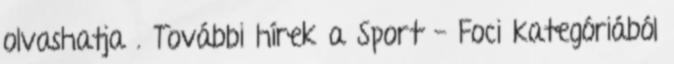
olvashatja . További hírek a Sport - Foci kategóriából